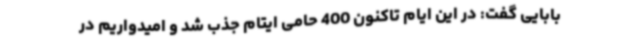
بابایی گفت: در این ایام تاکنون 400 حامی ایتام جذب شد و امیدواریم در